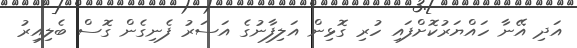
އަދި އޭނާ ހައްޔަރުކޮށްފައި ހުރި ގޮޅިން އަލިފާނުގެ އަސަރު ފެނިގެން ގޮސް ބެލިއިރު